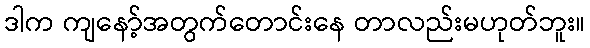
ဒါက ကျနော့်အတွက်တောင်းနေ တာလည်းမဟုတ်ဘူး။